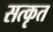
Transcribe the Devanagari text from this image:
सत्कृत